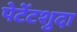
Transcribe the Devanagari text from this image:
पेटेंटशुदा